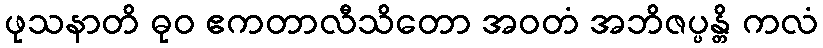
ဖုသနာတိ ဓုဝ ဧကတာလီသိတော အဝတံ အဘိဇပ္ပန္တိ ကလံ